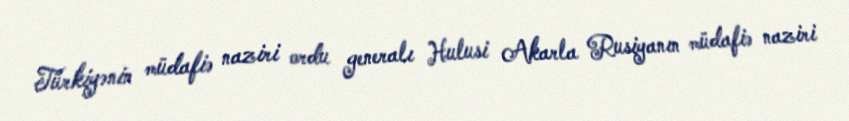
Türkiyənin müdafiə naziri ordu generalı Hulusi Akarla Rusiyanın müdafiə naziri